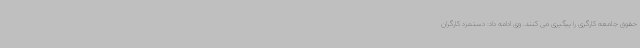
حقوق جامعه کارگری را پیگیری می کنند. وی ادامه داد: دستمزد کارگران